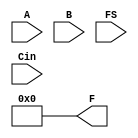
module ALU_16Bit_V(F,A,B,FS,Cin);

input [15:0]A,B;
input [4:0]FS;
input Cin;
output reg [15:0]F;

wire functionSelect;
assign functionSelect = {{FS[4]},{FS[3]},{FS[2]},{FS[1]},{FS[0]},{Cin}};

always begin
casex (functionSelect)

//Arithmetic
6'b100001:           F <= A + 16'b1;  
              
6'b101000:           F <= A + B;  
              
6'b101101:           F <= A - B; 
               
6'b100100:           F <= A - 16'b1;  
                
6'b100011:           F <= -A;                

//Logic
6'b00000X:           F <= 16'b0;              

6'b01100X:           F <= A;                  

6'b00011X:           F <= ~A;                     

6'b01000X:           F <= A & B;                

6'b01110X:           F <= A | B;                

6'b00110X:           F <= A ^ B;                  

6'b01111X:           F <= 16'b111111111111111111;                 

6'b11XX00:           F <= A<<1'b1;                 

6'b11XX1X:           F <= A>>1'b1;                 

		endcase
	end
endmodule